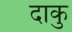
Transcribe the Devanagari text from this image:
दाकु